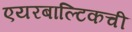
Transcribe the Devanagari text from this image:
एयरबाल्टिकची